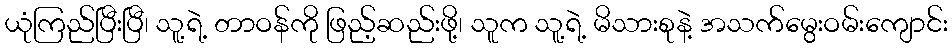
ယုံကြည်ပြီးပြီ၊ သူ့ရဲ့ တာဝန်ကို ဖြည့်ဆည်းဖို့၊ သူက သူ့ရဲ့ မိသားစုနဲ့ အသက်မွေးဝမ်းကျောင်း